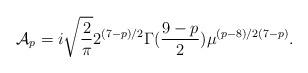
LaTeX: \begin{align*}{\cal A}_p= i\sqrt{\frac{2}{\pi}}{2^{(7-p)/2}}{\Gamma(\frac{9-p}{2})}\mu^{(p-8)/2(7-p)}.\end{align*}